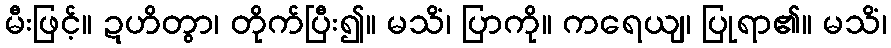
မီးဖြင့်။ ဍဟိတွာ၊ တိုက်ပြီး၍။ မသိံ၊ ပြာကို။ ကရေယျ၊ ပြုရာ၏။ မသိံ၊